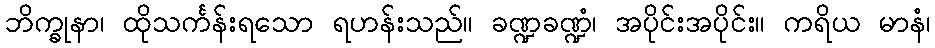
ဘိက္ခုနာ၊ ထိုသင်္ကန်းရသော ရဟန်းသည်။ ခဏ္ဍခဏ္ဍံ၊ အပိုင်းအပိုင်း။ ကရိယ မာနံ၊